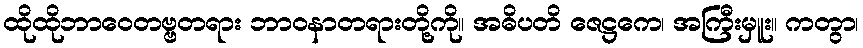
ထိုထိုဘာဝေတဗ္ဗတရား ဘာဝနာတရားတို့ကို။ အဓိပတိ ဇေဋ္ဌကေ၊ အကြီးမှူး။ ကတွာ၊